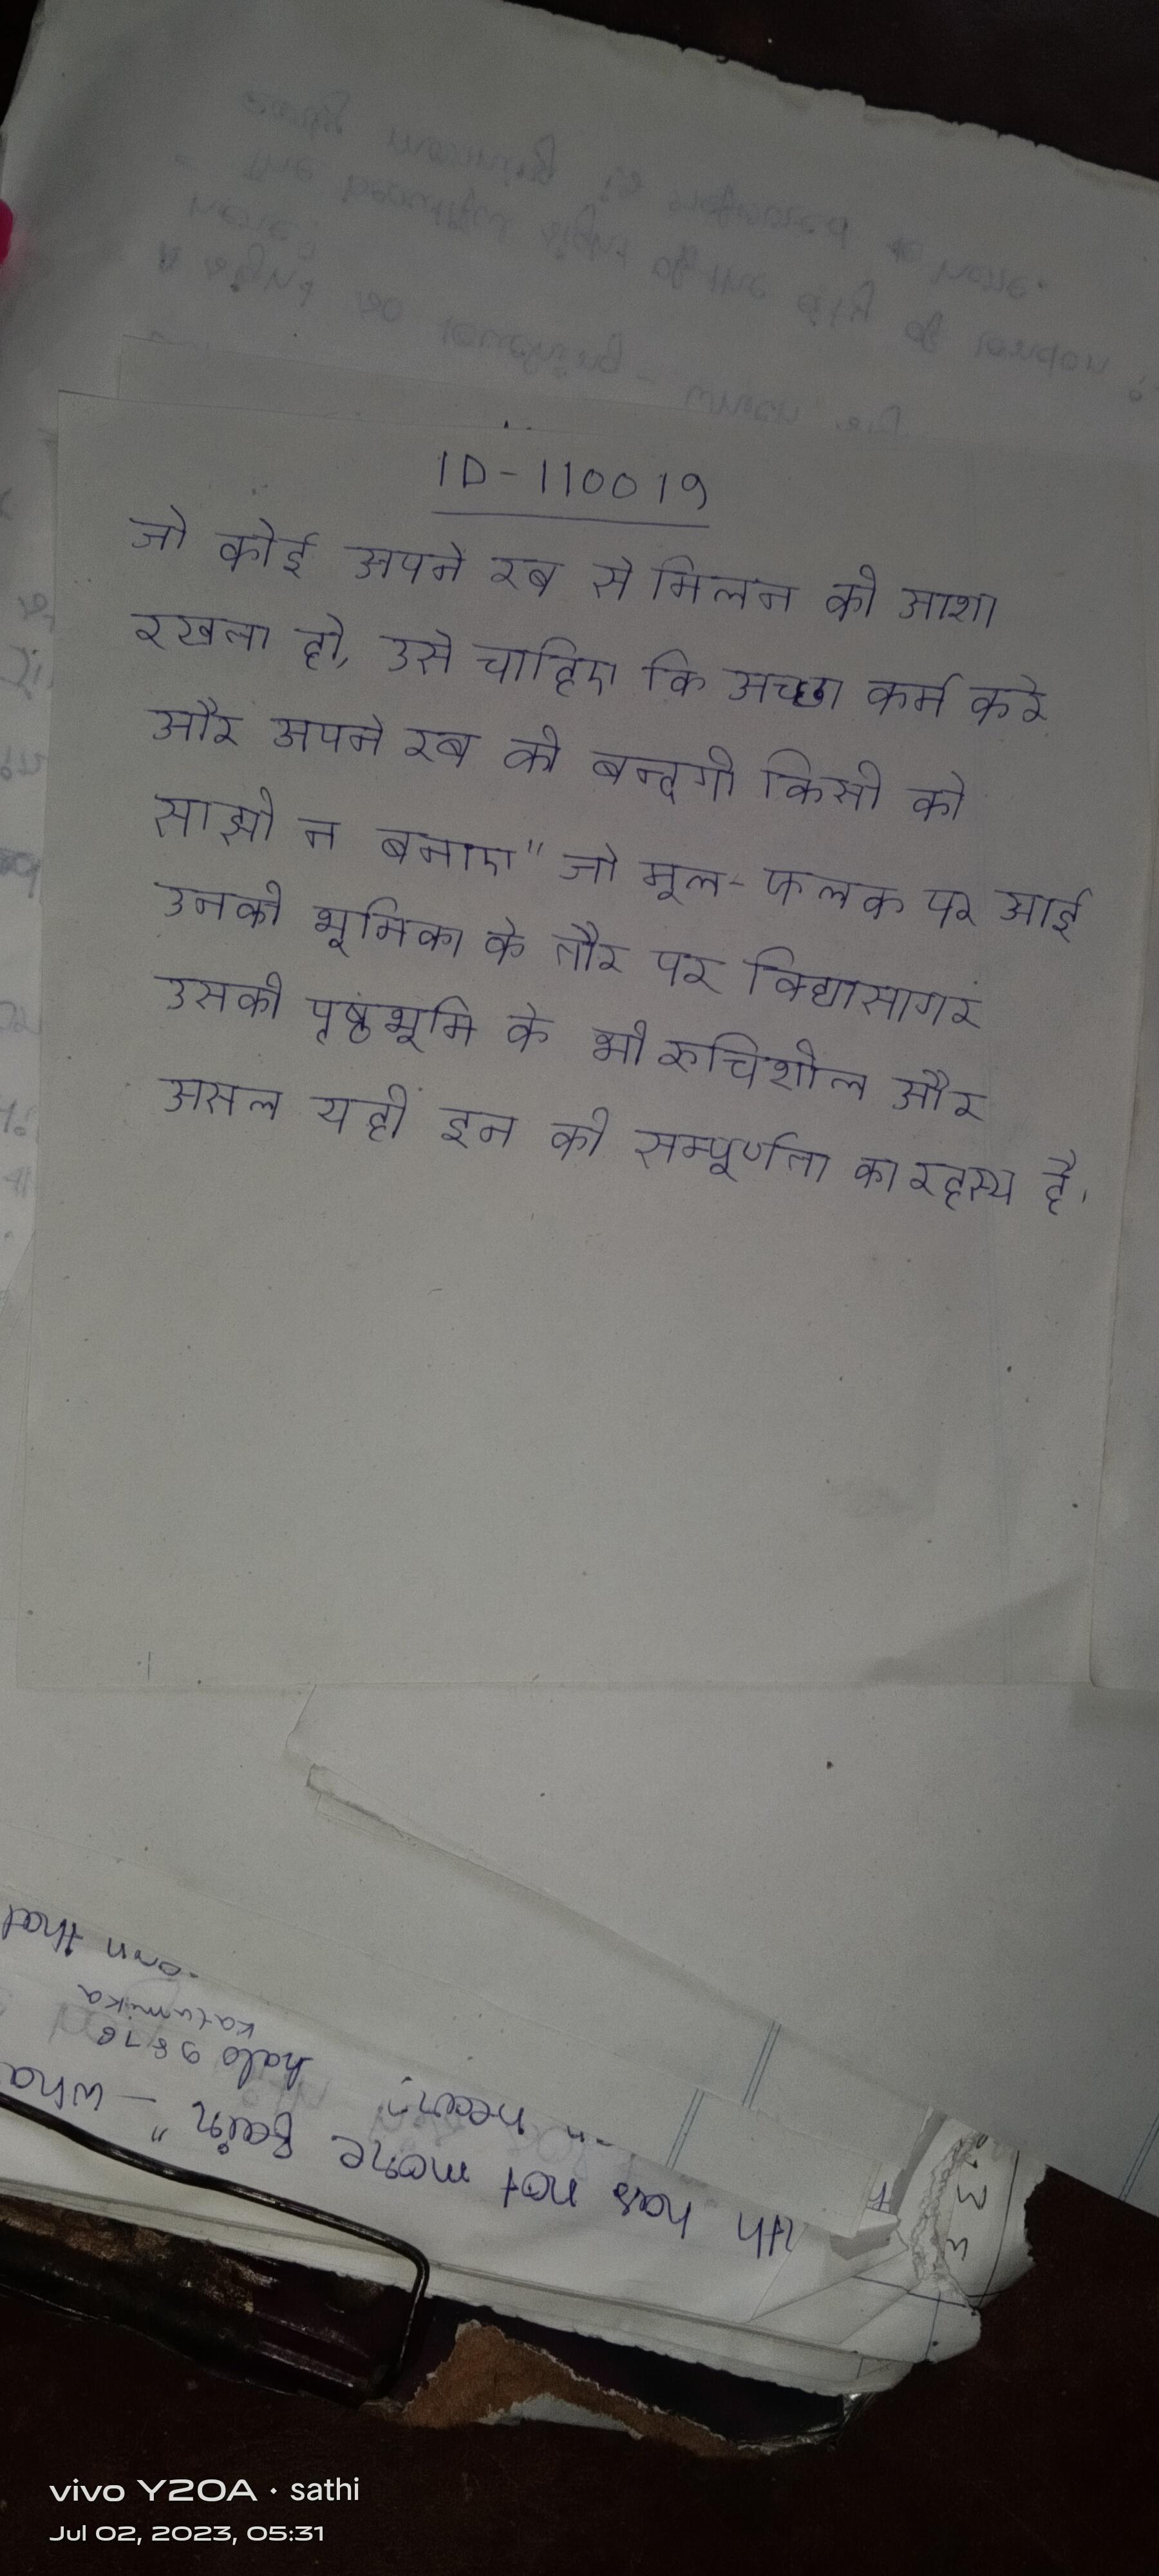
जो कोई अपने रब से मिलन की आशा रखता हो, उसे चाहिए कि अच्छा कर्म करे और अपने रब की बन्दगी किसी को साझी न बनाए।" जो मूल-फलक पर आई उनकी भूमिका के तौर पर विद्यासागर उसकी पृष्ठभूमि के भी रुचिशील और असल यही इन की सम्पूर्णता का रहस्य है ।